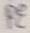
Text: PE